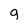
Character: g